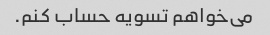
می‌خواهم تسویه حساب کنم.